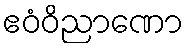
ဧဝံဝိညာဏော